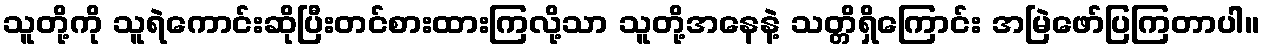
သူတို့ကို သူရဲကောင်းဆိုပြီးတင်စားထားကြလို့သာ သူတို့အနေနဲ့ သတ္တိရှိကြောင်း အမြဲဖော်ပြကြတာပါ။